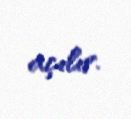
açılır.